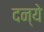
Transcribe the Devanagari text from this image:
दन्ये